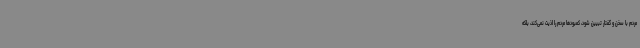
مردم با سخن و گفتار تبیین شود، کمبودها مردم را اذیت نمی‌کند، بلکه